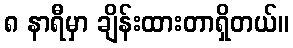
၈ နာရီမှာ ချိန်းထားတာရှိတယ်။